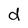
Character: d